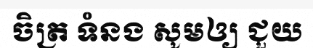
ចិត្រ ទំនង សូមឲ្យ ជួយ